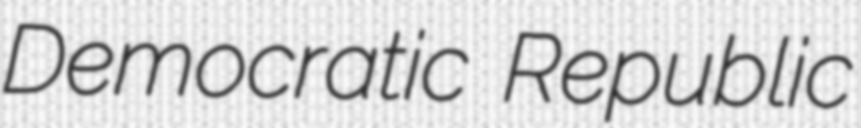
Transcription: Democratic Republic